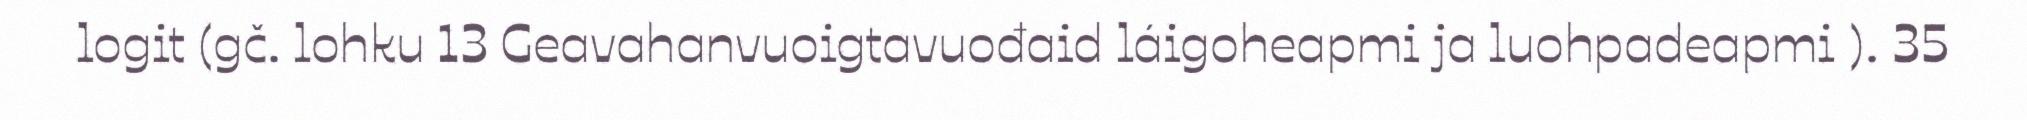
logit (gč. lohku 13 Geavahanvuoigtavuođaid láigoheapmi ja luohpadeapmi ). 35